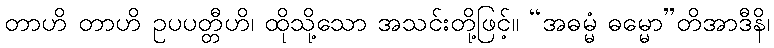
တာဟိ တာဟိ ဥပပတ္တီဟိ၊ ထိုသို့သော အသင်းတို့ဖြင့်။ “အဓမ္မံ ဓမ္မော”တိအာဒီနိ၊